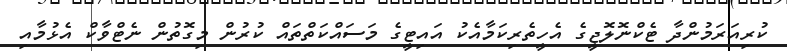
ކުރިއަރަމުންދާ ޓެކްނޮލޮޖީގެ އެހީތެރިކަމާއެކު އައިޓީގެ މަސައްކަތްތައް ކުރުން މިގޮތުން ނެޓްވާކް އެޅުމާއި